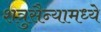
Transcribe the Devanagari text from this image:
शत्रुसैन्यामध्ये